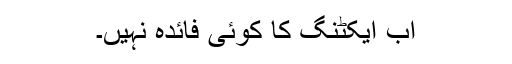
اب ایکٹنگ کا کوئی فائدہ نہیں۔